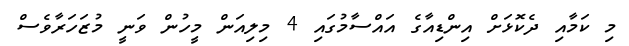
މި ކަމާއި ދެކޮޅަށް އިންޑިއާގެ އައްސާމުގައި 4 މިލިއަން މީހުން ވަނީ މުޒަހަރާވެސް